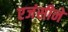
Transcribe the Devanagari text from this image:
एजंसीने